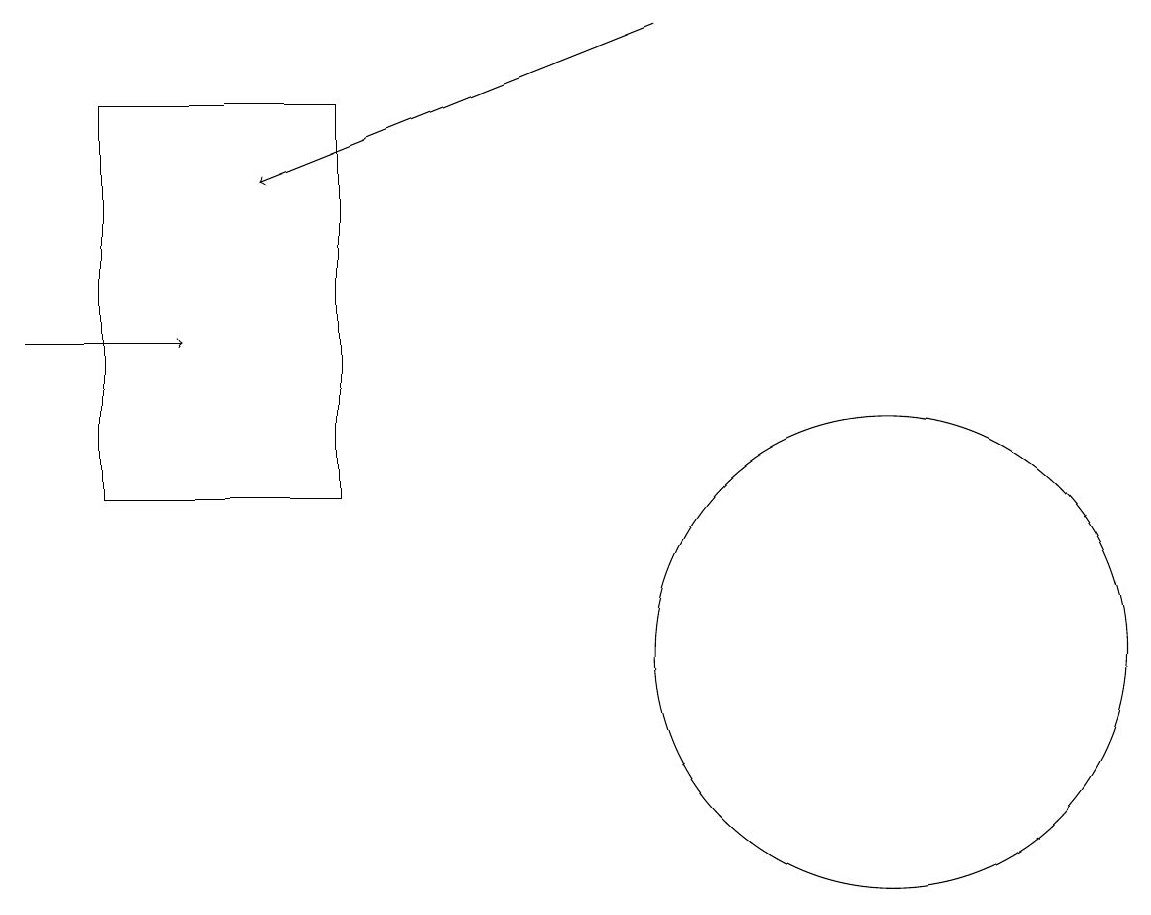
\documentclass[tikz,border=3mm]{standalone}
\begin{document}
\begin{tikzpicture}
\draw[->] (9,18) -- (4,16);
\draw[->] (1,14) -- (3,14);
\draw (12,10) circle (3);
\draw (5,12) rectangle (2,17);
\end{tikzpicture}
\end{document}